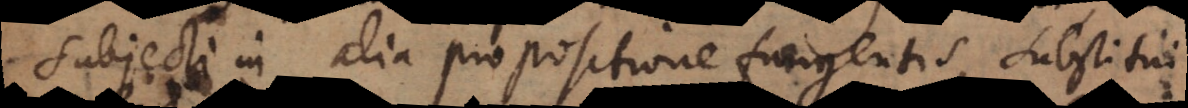
subjecti in alia propositione fungentis, substitui